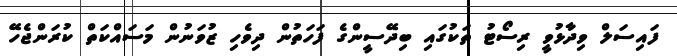
ފައިސަލް ވިދާޅުވީ ރިސޯޓު ތަކުގައި ބިދޭސީންގެ ފަހަތުން ދިވެހި ޒުވަނުން މަސައްކަތް ކުރަންޖެހޭ